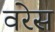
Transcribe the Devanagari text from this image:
वरेस